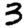
Digit: 3